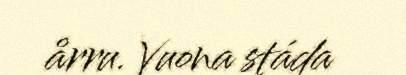
årru. Vuona stáda